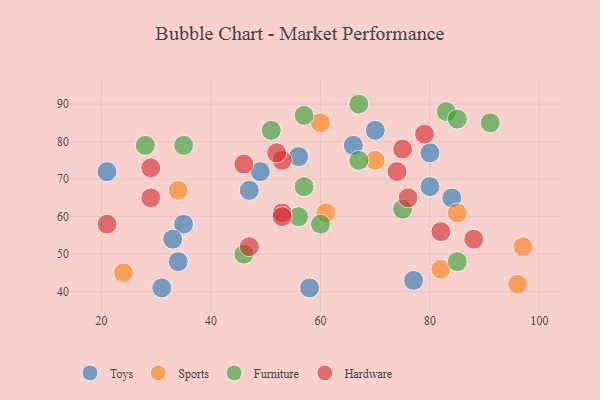
{"axis": {"x": "GDP", "y": "Life Expectancy"}, "legend": ["Furniture", "Hardware", "Sports", "Toys"], "data": [{"x": "31", "y": 41, "type": "Toys"}, {"x": "35", "y": 58, "type": "Toys"}, {"x": "84", "y": 65, "type": "Toys"}, {"x": "34", "y": 48, "type": "Toys"}, {"x": "47", "y": 67, "type": "Toys"}, {"x": "33", "y": 54, "type": "Toys"}, {"x": "49", "y": 72, "type": "Toys"}, {"x": "21", "y": 72, "type": "Toys"}, {"x": "66", "y": 79, "type": "Toys"}, {"x": "70", "y": 83, "type": "Toys"}, {"x": "56", "y": 76, "type": "Toys"}, {"x": "77", "y": 43, "type": "Toys"}, {"x": "58", "y": 41, "type": "Toys"}, {"x": "80", "y": 77, "type": "Toys"}, {"x": "80", "y": 68, "type": "Toys"}, {"x": "82", "y": 46, "type": "Sports"}, {"x": "70", "y": 75, "type": "Sports"}, {"x": "96", "y": 42, "type": "Sports"}, {"x": "85", "y": 61, "type": "Sports"}, {"x": "97", "y": 52, "type": "Sports"}, {"x": "60", "y": 85, "type": "Sports"}, {"x": "34", "y": 67, "type": "Sports"}, {"x": "61", "y": 61, "type": "Sports"}, {"x": "24", "y": 45, "type": "Sports"}, {"x": "85", "y": 48, "type": "Furniture"}, {"x": "67", "y": 75, "type": "Furniture"}, {"x": "60", "y": 58, "type": "Furniture"}, {"x": "35", "y": 79, "type": "Furniture"}, {"x": "51", "y": 83, "type": "Furniture"}, {"x": "75", "y": 62, "type": "Furniture"}, {"x": "83", "y": 88, "type": "Furniture"}, {"x": "57", "y": 87, "type": "Furniture"}, {"x": "57", "y": 68, "type": "Furniture"}, {"x": "56", "y": 60, "type": "Furniture"}, {"x": "46", "y": 50, "type": "Furniture"}, {"x": "28", "y": 79, "type": "Furniture"}, {"x": "91", "y": 85, "type": "Furniture"}, {"x": "85", "y": 86, "type": "Furniture"}, {"x": "67", "y": 90, "type": "Furniture"}, {"x": "53", "y": 75, "type": "Hardware"}, {"x": "74", "y": 72, "type": "Hardware"}, {"x": "46", "y": 74, "type": "Hardware"}, {"x": "21", "y": 58, "type": "Hardware"}, {"x": "29", "y": 73, "type": "Hardware"}, {"x": "75", "y": 78, "type": "Hardware"}, {"x": "76", "y": 65, "type": "Hardware"}, {"x": "82", "y": 56, "type": "Hardware"}, {"x": "79", "y": 82, "type": "Hardware"}, {"x": "53", "y": 61, "type": "Hardware"}, {"x": "52", "y": 77, "type": "Hardware"}, {"x": "53", "y": 60, "type": "Hardware"}, {"x": "88", "y": 54, "type": "Hardware"}, {"x": "29", "y": 65, "type": "Hardware"}, {"x": "47", "y": 52, "type": "Hardware"}]}